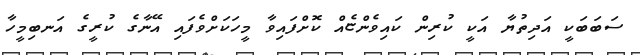
ސަބަބަކީ އަދިތުޔާ އަކީ ކުރިން ކައިވެންޏެއް ކޮށްފައިވާ މީހަކަށްވެފައި އޭނާގެ ކުރީގެ އަނބިމީހާ